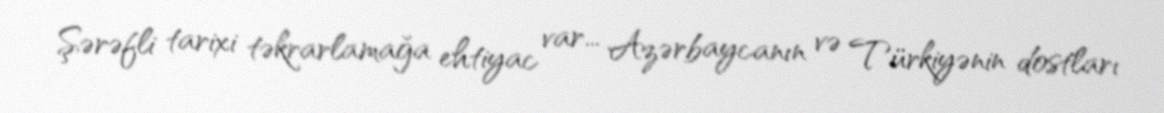
Şərəfli tarixi təkrarlamağa ehtiyac var... Azərbaycanın və Türkiyənin dostları